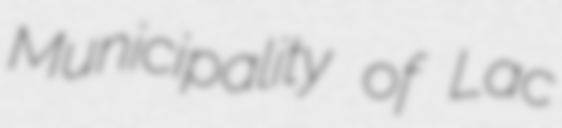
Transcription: Municipality of Lac